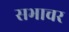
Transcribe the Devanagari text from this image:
सभाचर